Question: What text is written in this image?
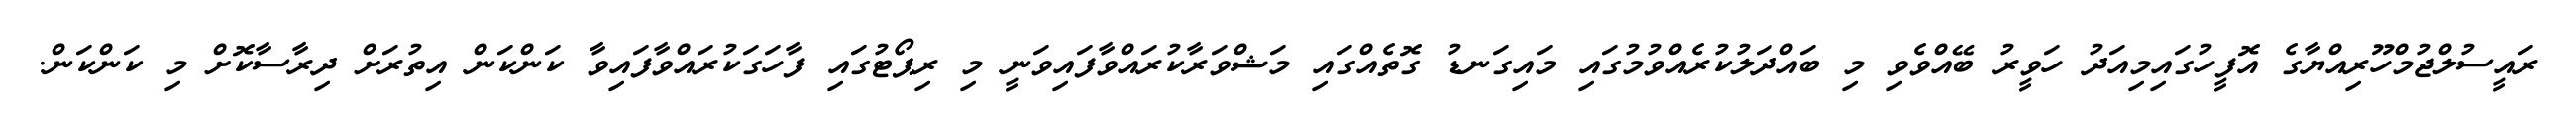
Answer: ރައީސުލްޖުމްހޫރިއްޔާގެ އޮފީހުގައިމިއަދު ހަވީރު ބޭއްވެވި މި ބައްދަލުކުރެއްވުމުގައި މައިގަނޑު ގޮތެއްގައި މަޝްވަރާކުރައްވާފައިވަނީ މި ރިޕޯޓުގައި ފާހަގަކުރައްވާފައިވާ ކަންކަން އިތުރަށް ދިރާސާކޮށް މި ކަންކަން.